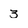
Character: 3